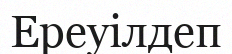
Ереуілдеп